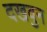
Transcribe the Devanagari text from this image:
दखवुन